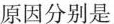
原因分别是 。